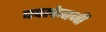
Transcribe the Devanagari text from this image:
घपलेबाजी